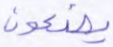
يصنعون